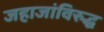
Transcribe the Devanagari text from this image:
जहाजांविरुद्ध